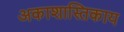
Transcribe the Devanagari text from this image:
अकाशास्तिकाय